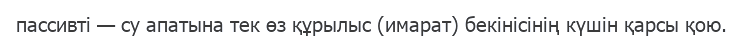
пассивті — су апатына тек өз құрылыс (имарат) бекінісінің күшін қарсы қою.